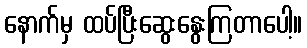
နောက်မှ ထပ်ပြီးဆွေးနွေးကြတာပေါ့။